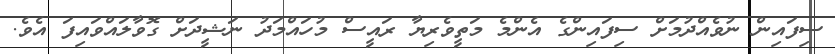
ސިފައިން ނުވެއްދުމަށް ސިފައިންގެ އެންމެ މަތީވެރިޔާ ރައީސް މުހައްމަދު ނަޝީދަށް ގޮވާލައްވައިފަ އެވެ.